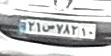
۲۱ص۷۸۲۱۰